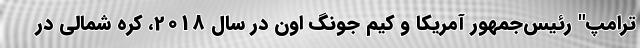
ترامپ" رئیس‌جمهور آمریکا و کیم جونگ اون در سال 2018، کره شمالی در